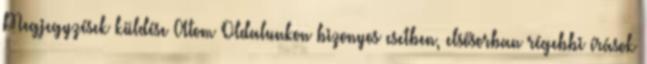
Megjegyzések küldése Atom Oldalunkon bizonyos esetben, elsősorban régebbi írások